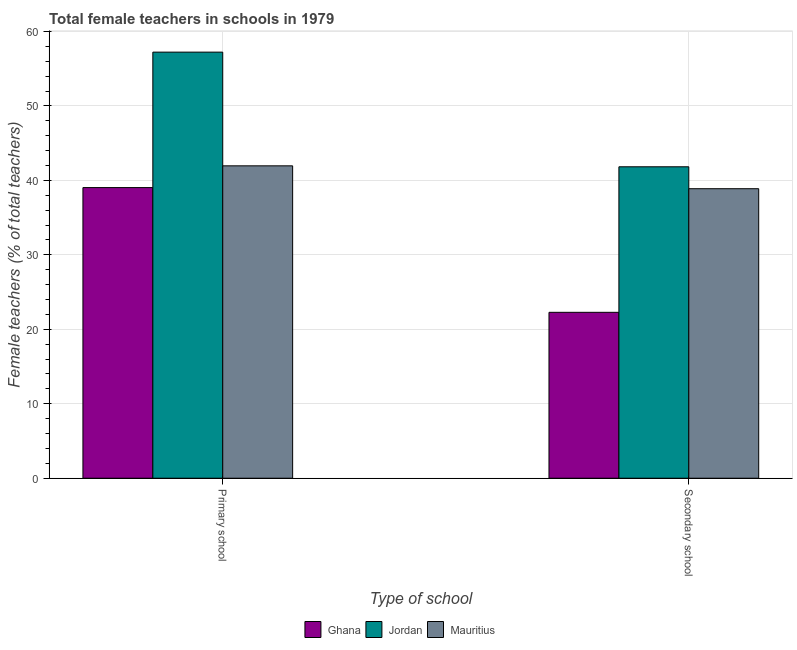
| Type of school | Ghana | Jordan | Mauritius |
 | --- | --- | --- | --- |
 | Primary school | 39 | 57.2 | 42 |
 | Secondary school | 22.3 | 41.8 | 38.9 |